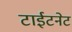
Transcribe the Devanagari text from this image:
टाईटनेट